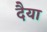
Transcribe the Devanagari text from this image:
दैया